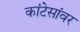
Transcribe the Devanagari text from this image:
कांटेसांवर